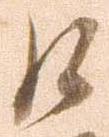
口